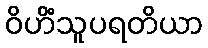
ဝိဟိံသူပရတိယာ